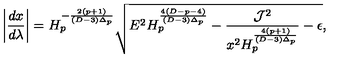
\left| { \frac { d x } { d \lambda } } \right| = H _ { p } ^ { - { \frac { 2 ( p + 1 ) } { ( D - 3 ) \Delta _ { p } } } } \sqrt { E ^ { 2 } H _ { p } ^ { \frac { 4 ( D - p - 4 ) } { ( D - 3 ) \Delta _ { p } } } - { \frac { { \cal J } ^ { 2 } } { x ^ { 2 } H _ { p } ^ { \frac { 4 ( p + 1 ) } { ( D - 3 ) \Delta _ { p } } } } } - \epsilon } ,